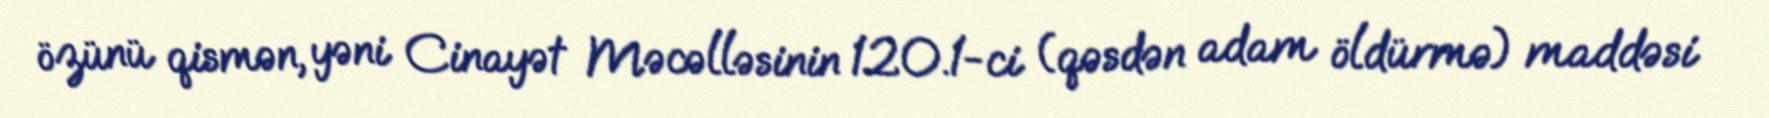
özünü qismən, yəni Cinayət Məcəlləsinin 120.1-ci (qəsdən adam öldürmə) maddəsi